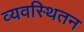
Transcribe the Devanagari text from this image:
व्यवस्थितन